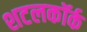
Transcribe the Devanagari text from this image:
शटलकॉर्क